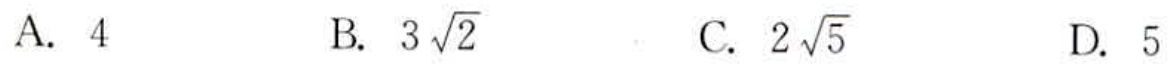
A. \(4\)
B. \(3\sqrt{2}\)
C. \(2\sqrt{5}\)
D. \(5\)